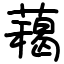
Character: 藒